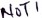
Text: NOT1